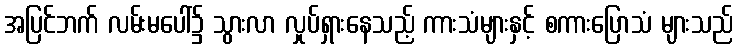
အပြင်ဘက် လမ်းမပေါ်၌ သွားလာ လှုပ်ရှားနေသည့် ကားသံများနှင့် စကားပြောသံ များသည်